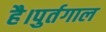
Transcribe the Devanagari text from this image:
है।पुर्तगाल